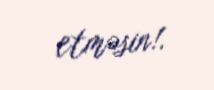
etməsin!.